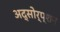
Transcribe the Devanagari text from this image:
अद्सोर्प्शन